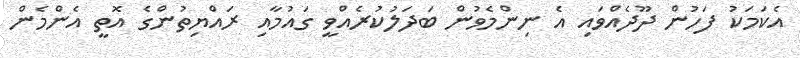
އެކަމަކު ފަހުން ދޫދެއްވައި އެ ނިންމެވުން ބަދަލުކުރެއްވީ ގައުމާއި ރައްޔިތުންގެ އޮތީ އެންމެން